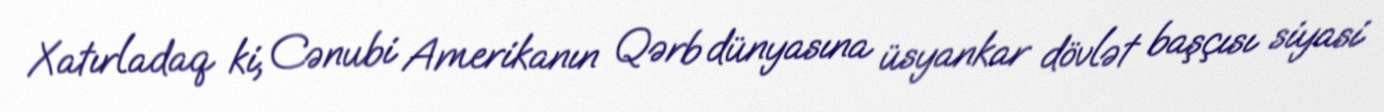
Xatırladaq ki, Cənubi Amerikanın Qərb dünyasına üsyankar dövlət başçısı siyasi